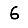
Digit: 6